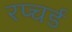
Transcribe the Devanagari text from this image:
रप्चर्ड